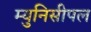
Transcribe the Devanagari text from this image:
म्युनिसीपल